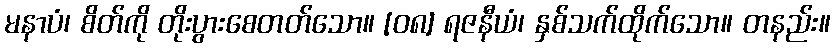
မနာပံ၊ စိတ်ကို တိုးပွားစေတတ်သော။ [၀၈] ရဇနီယံ၊ နှစ်သက်ထိုက်သော။ တနည်း။